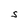
Character: S